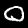
Label: 0